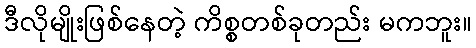
ဒီလိုမျိုးဖြစ်နေတဲ့ ကိစ္စတစ်ခုတည်း မကဘူး။